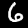
Digit: 6